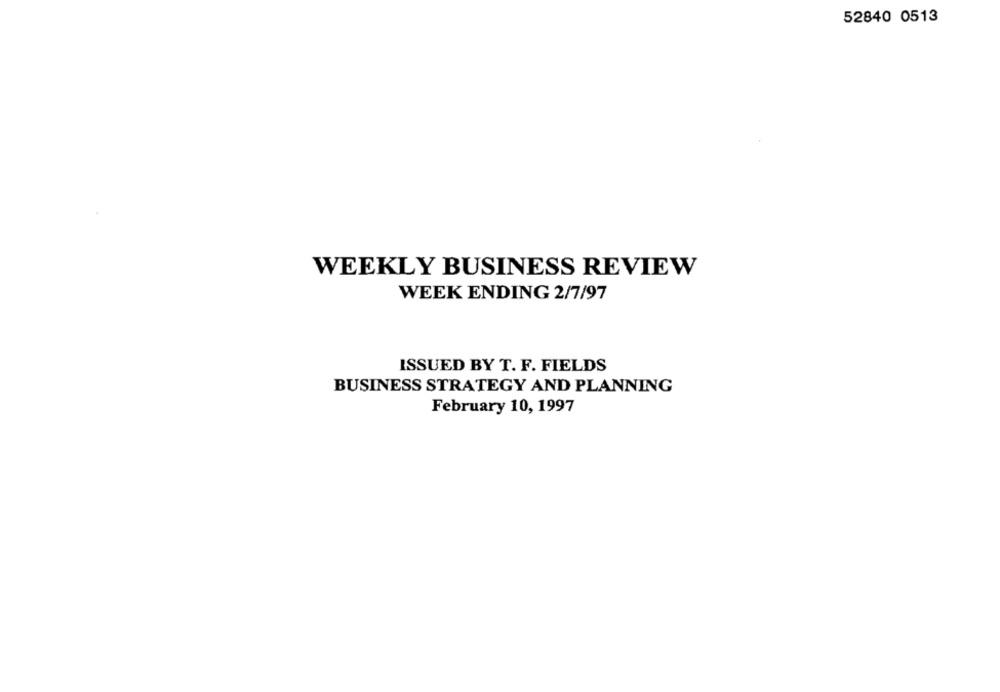
52840 0513
WEEKLY BUSINESS REVIEW
WEEK ENDING 2/7/97
ISSUED BY T. F. FIELDS
BUSINESS STRATEGY AND PLANNING
February 10, 1997